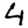
Digit: 4